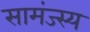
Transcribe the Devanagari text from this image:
सामंज्स्य